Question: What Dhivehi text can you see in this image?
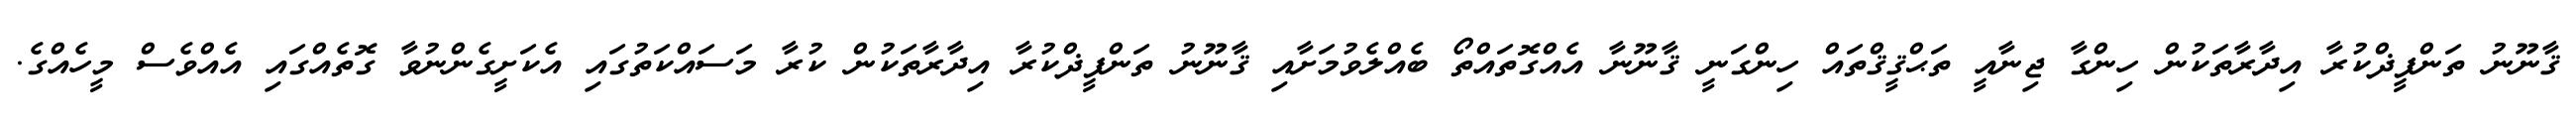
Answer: ޤާނޫނު ތަންފީޛްކުރާ އިދާރާތަކުން ހިންގާ ޖިނާއީ ތަޙްޤީޤްތައް ހިންގަނީ ޤާނޫނާ އެއްގޮތައްތޯ ބެއްލެވުމަށާއި ޤާނޫނު ތަންފީޛްކުރާ އިދާރާތަކުން ކުރާ މަސައްކަތުގައި އެކަށީގެންނުވާ ގޮތެއްގައި އެއްވެސް މީހެއްގެ.